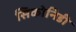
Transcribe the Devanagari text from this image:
सिकोनिडी